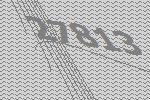
27813